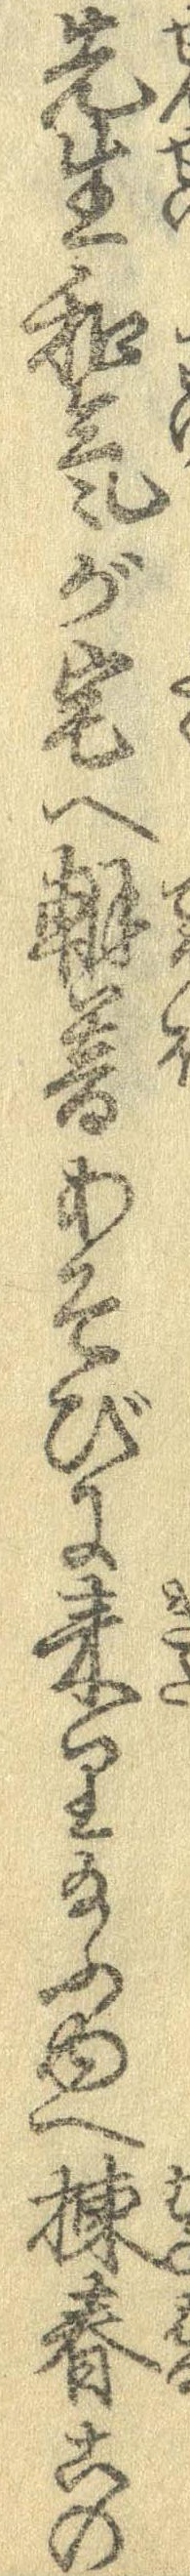
先生和気が宅へ朝暮あそびに来り給ふゆへ棟春この